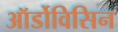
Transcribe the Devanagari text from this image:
ऑर्डोविसिन